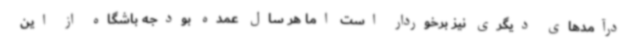
درآمدهای دیگری نیز برخوردار است اما هر سال عمده بودجه باشگاه از این